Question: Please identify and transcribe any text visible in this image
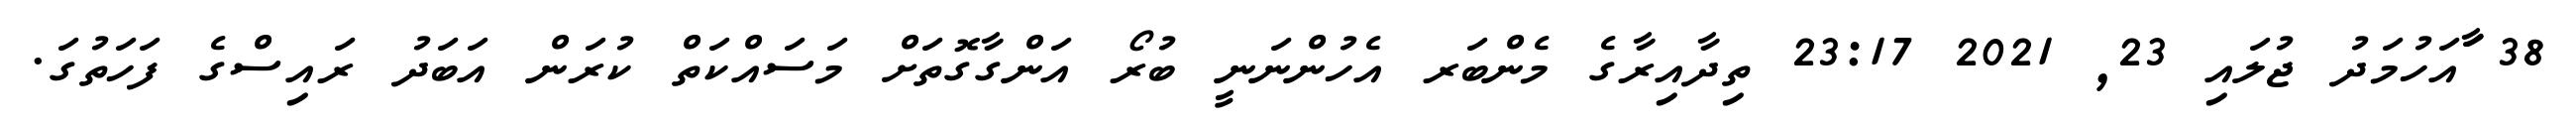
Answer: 38 ާައަހުމަދު ޖުލައި 23, 2021 23:17 ތިދާއިރާގެ މެންބަރ އެހުންނަނީ ބުރޯ އަންގާގޮތަށް މަސައްކަތް ކުރަން އަބަދު ރައިސްގެ ފަހަތުގަ.